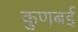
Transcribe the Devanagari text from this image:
कुणबई